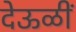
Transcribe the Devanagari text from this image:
देऊळीं